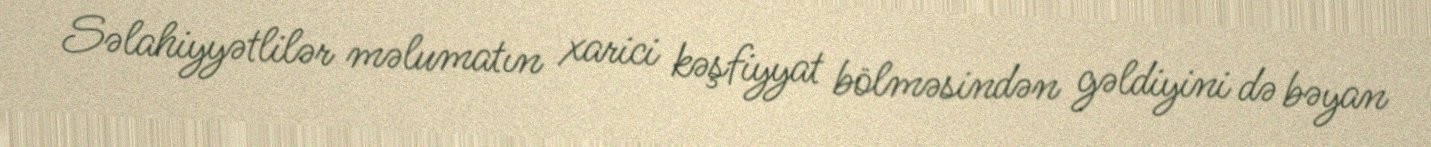
Səlahiyyətlilər məlumatın xarici kəşfiyyat bölməsindən gəldiyini də bəyan